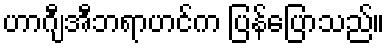
ဟာဂျီအီဘရာဟင်က ပြန်ပြောသည်။